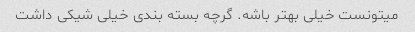
میتونست خیلی بهتر باشه. گرچه بسته بندی خیلی شیکی داشت